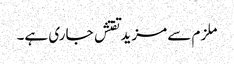
ملزم سے مزیدتفتش جاری ہے۔